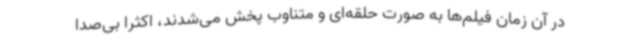
در آن زمان فیلم‌ها به صورت حلقه‌ای و متناوب پخش می‌شدند، اکثرا بی‌صدا